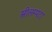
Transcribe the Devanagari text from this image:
स्त्रीलम्पटा